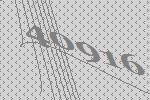
40916